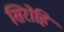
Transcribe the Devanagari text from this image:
सिरोहि